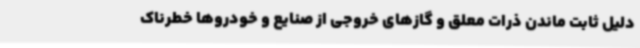
دلیل ثابت ماندن ذرات معلق و گازهای خروجی از صنایع و خودروها خطرناک